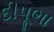
દીપૂભા